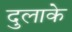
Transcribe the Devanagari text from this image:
दुलाके